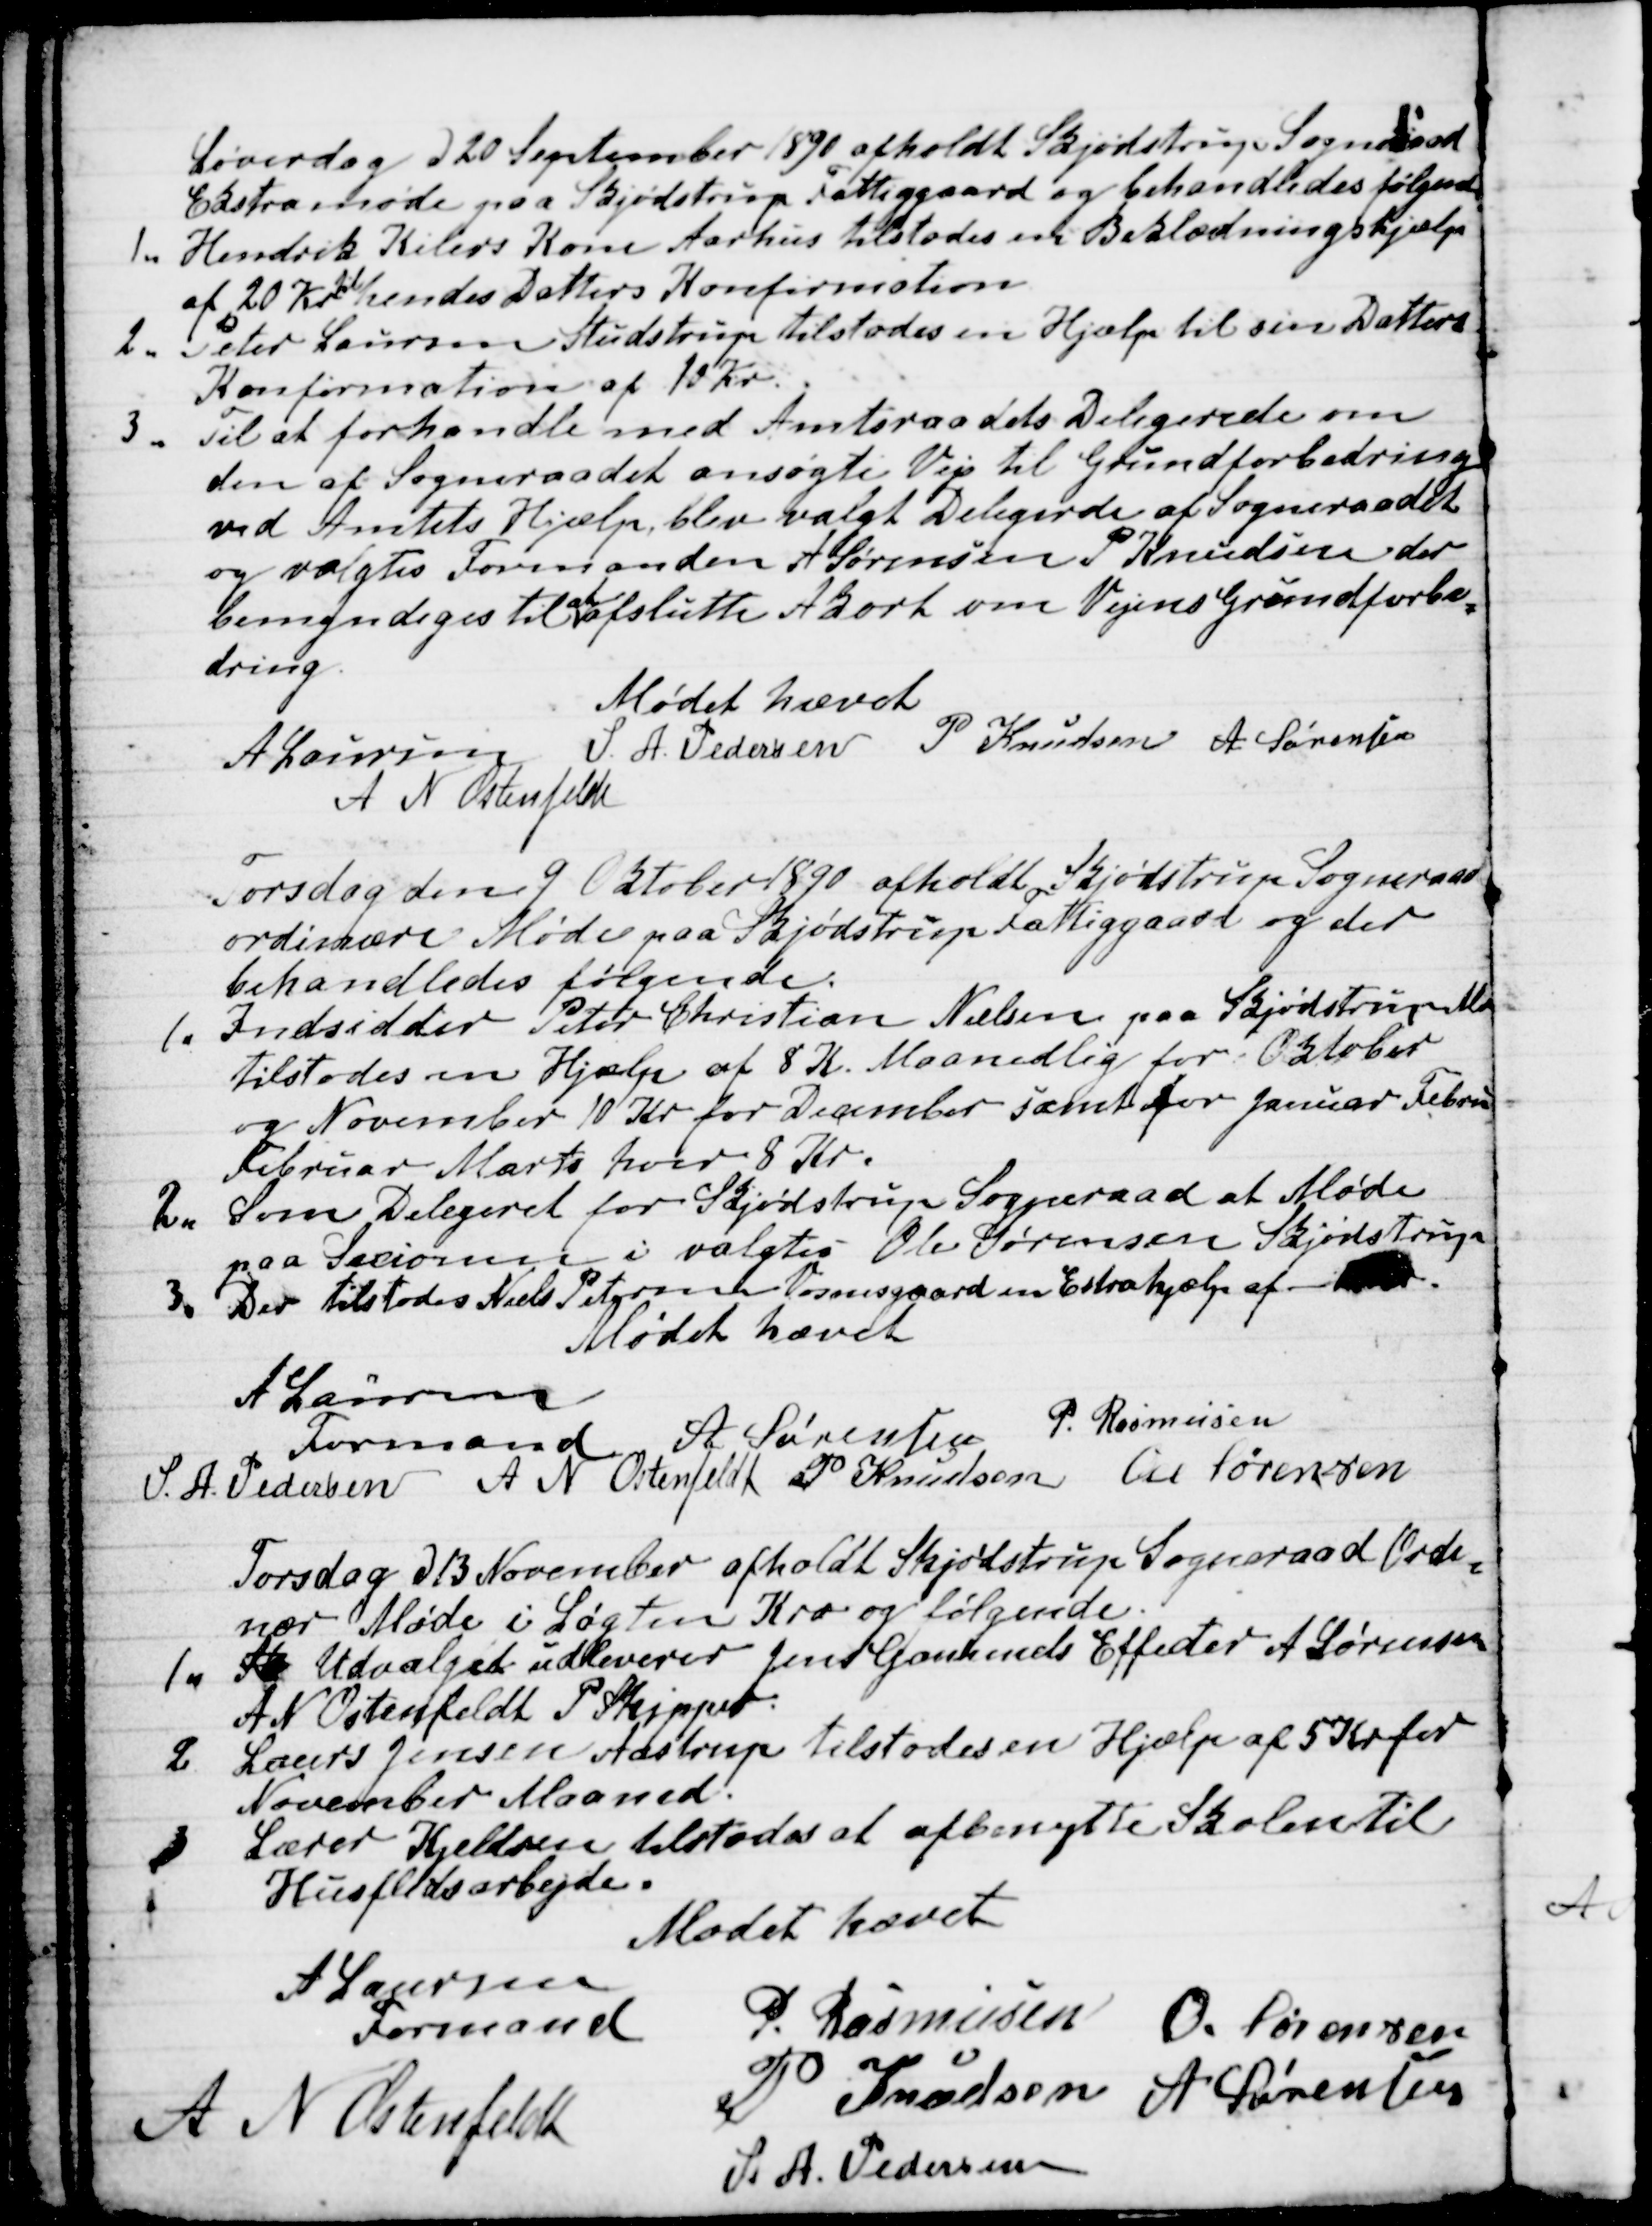
Transskription:
Løverdag d 20 September 1890 afholdt Skjødstrup Sogneraad
Ekstramøde paa Skjødstrup Fattiggaard og behandledes følgende
1.
Hendrik Kilers Kone Aarhus tilstodes en Beklædningshjælp
af 20 Kr
til
hendes Datters Konfirmation
2.
Peter Laursen Studstrup tilstodes en Hjælp til sin Datters
Konfirmation af 10 Kr.
3.
Til at forhandle med Amtsraadets Delegerede om
den af Sogneraadet ansøgte Vej til Grundforbedring
ved Amtets Hjælp, blev valgt Delegerde af Sogneraadet
og valgtes Formanden A Sørensen P Knudsen der
bemyndiges til 
at
afslutte Akort om Vejens Grundforbe-
dring.
Mødet hævet
A Laursen S. A. Pedersen P Knudsen A Sørensen
A N Ostenfeldt
Torsdag den 9 Oktober 1890 afholdt Skjødstrup Sogneraad
ordinære Møde paa Skjødstrup Fattiggaard og der
behandledes følgende.
1.
Indsidder Peter Christian Nielsen paa Skjødstrup Ma
tilstodes en Hjælp af 8 K. Maanedlig for Oktober
og November 10 Kr for December samt for Januar Febru
Februar Marts hver 8 Kr.
2.
Som Delegeret for Skjødstrup Sogneraad at Møde
paa Secionen i valgtes Ole Sørensen Skjødstrup
3. Der tilstodes Niels Petersen Vosnesgaard en Extrahjælp af 
Mødet hævet
A. Laursen
Formand 
A Sørensen P. Rasmussen
S. A. Pedersen A N Ostenfeldt P Knudsen Ole Sørensen
Torsdag d 13 November afholdt Skjødstrup Sogneraad Ordi-
nær Møde i Løgten Kro og følgende
1.
Sk Udvalget udleverer Jens Gammels Effecter A Sørensen
A N Ostenfeldt P Skipper
2
Laurs Jensen Aastrup tilstodes en Hjælp af 5 Kr for
November Maaned.
3
Lærer Kjeldsen tilstodes at afbenytte Skolen til
Husflidsarbejde.
Mødet hævet
A Laursen
Formand
P. Rasmussen
O. Sørensen
A N Ostensfeldt
P Knudsen
A Sørensen
S. A. Pedersen